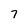
Character: 7